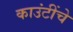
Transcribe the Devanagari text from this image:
काउंटींचे